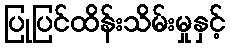
ပြုပြင်ထိန်းသိမ်းမှုနှင့်